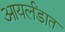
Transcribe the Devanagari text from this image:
आयर्लंडात